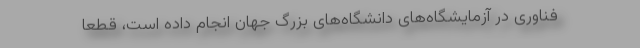
فناوری در آزمایشگاه‌های دانشگاه‌های بزرگ جهان انجام داده است، قطعا